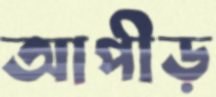
আপীড়